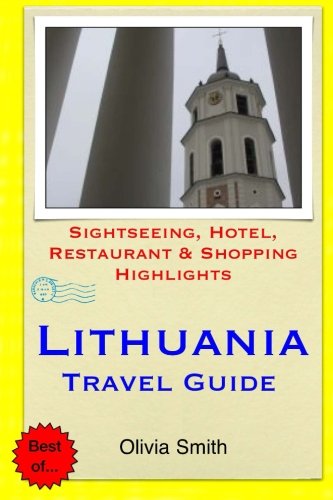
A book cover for Lithuania Travel Guide: Sightseeing, Hotel, Restaurant & Shopping Highlights; Olivia Smith; Travel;